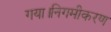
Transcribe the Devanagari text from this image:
गया।निगमीकरण